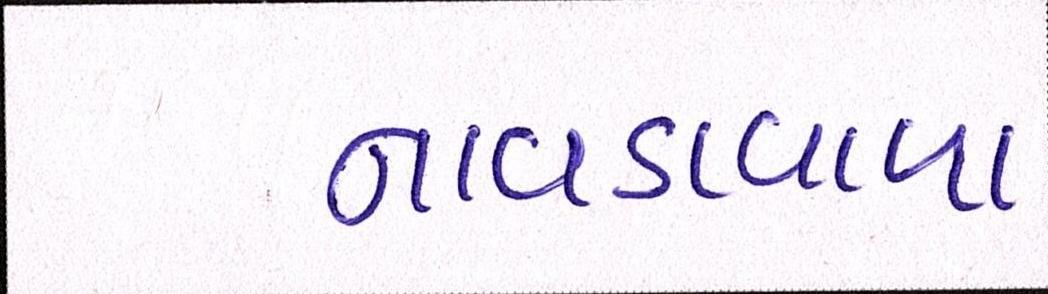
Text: નાવડાવાળા